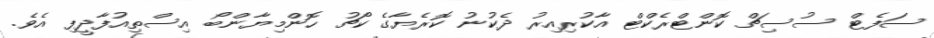
ސަފެޓް ސުސިޗް ކޮންޓްރެކްޓް އާކުރިއިރު ދެކުނު ކޮރެޔާގެ ކޯޗު ހޮންމިޔާންބޯ އިސްތިއުފާދީފި އެވެ.